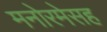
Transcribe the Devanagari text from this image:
मनोरमेसह